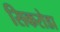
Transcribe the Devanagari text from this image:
सिकरोडा